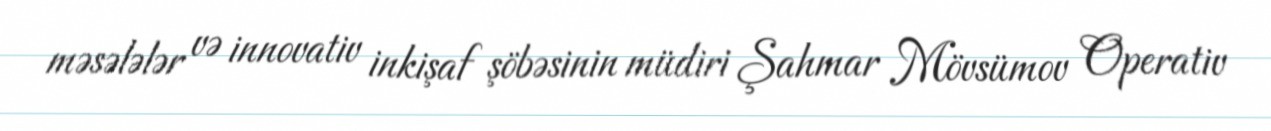
məsələlər və innovativ inkişaf şöbəsinin müdiri Şahmar Mövsümov Operativ